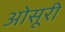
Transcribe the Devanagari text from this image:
ओसूरी